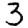
Digit: 3